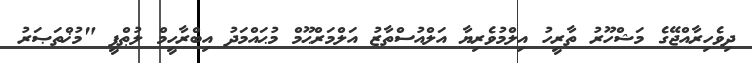
ދިވެހިރާއްޖޭގެ މަޝްހޫރު ތާރީހު އިލްމުވެރިޔާ އަލްއުސްތާޒު އަލްމަރްޙޫމް މުޙައްމަދު އިބްރާހީމް ލުޠްފީ "މުޚްތަޞަރު